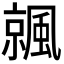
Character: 𩘁